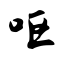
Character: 呕